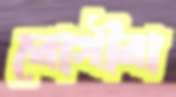
রোগীরা